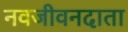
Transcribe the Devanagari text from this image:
नवजीवनदाता